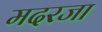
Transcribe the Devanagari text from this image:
मदरजा